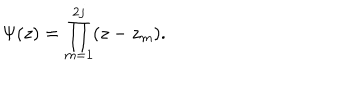
\Psi ( z ) = \prod _ { m = 1 } ^ { 2 j } ( z - z _ { m } ) .